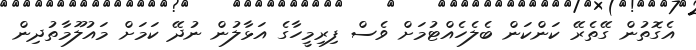
އެގޮތުން ގޭތެރޭ ކަންކަން ބެލެހެއްޓުމަށް ވެސް ފިރިމީހާގެ އަޅާލުން ނުދޭ ކަމަށް މައުލޫމާތުދިން